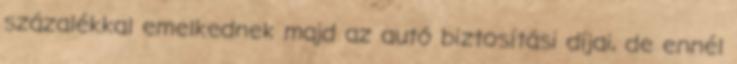
százalékkal emelkednek majd az autó biztosítási díjai, de ennél